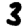
Digit: 3